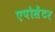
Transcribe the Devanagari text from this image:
एपोसेंटर